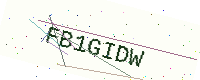
Text: FB1GIDW